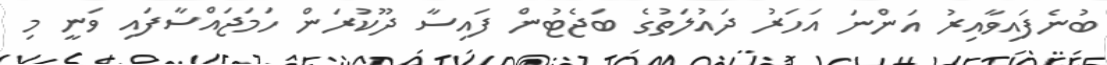
ބުނެފައިވާއިރު އަންނަ އަހަރު ދައުލަތުގެ ބަޖެޓުން ފައިސާ ދޫކުރަން ހަމަޖައްސާފައި ވަނީ މި